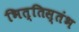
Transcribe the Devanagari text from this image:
भित्तिस्तंभ